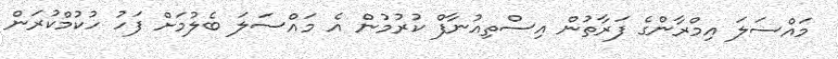
މައްސަލަ އިމްރާންގެ ފަރާތުން އިސްތިއުނާފް ކުރުމުން އެ މައްސަލަ ބެލުމަށް ފަހު ހުކުމްކުރަން